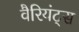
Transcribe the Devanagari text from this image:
वैरियंट्स